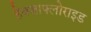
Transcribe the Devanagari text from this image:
हेक्जाफ्लोराइड